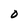
Character: O